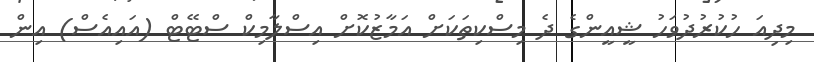
މިދިއަ ހުކުރުދުވަހު ޝީއީންގެ ދެ މިސްކިތަކަށް އަމާޒުކޮށް އިސްލާމިކް ސްޓޭޓް (އައިއެސް) އިން